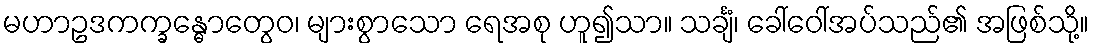
မဟာဥဒကက္ခန္ဓောတွေဝ၊ များစွာသော ရေအစု ဟူ၍သာ။ သင်္ချံ၊ ခေါ်ဝေါ်အပ်သည်၏ အဖြစ်သို့။